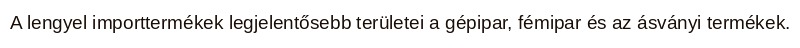
A lengyel importtermékek legjelentősebb területei a gépipar, fémipar és az ásványi termékek.